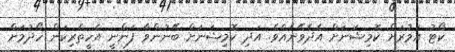
ކޯޓު އަމުރަށް ކޮމިޝަނަށް އެދެވޭނެއެވެ. އަދި ކޮމިޝަނަށް ބޭނުންވާ ފަންނީ އެހީތެރިކަން ހޯދުމަށް